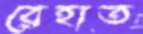
রেহাত